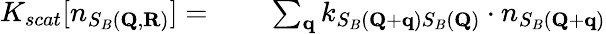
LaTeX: \begin{array}{rl}{K_{scat}[n_{S_{B}(\mathbf{Q},\mathbf{R})}]=\; }&{{}\; \; \; \sum_{\mathbf{q}}k_{S_{B}(\mathbf{Q}+\mathbf{q})S_{B}(\mathbf{Q})}\cdot n_{S_{B}(\mathbf{Q}+\mathbf{q})}}\end{array}